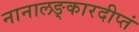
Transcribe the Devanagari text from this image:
नानालङ्कारदीप्तं